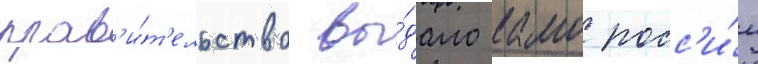
прав'и́т'ельство вы́дало камо росс'и́и